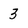
Character: 3